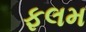
ફલમ